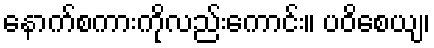
နောက်စကားကိုလည်းကောင်း။ ပဝိစေယျ၊